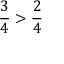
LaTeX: { \frac { 3 } { 4 } } > { \frac { 2 } { 4 } }